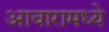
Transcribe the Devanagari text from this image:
आवारामध्ये